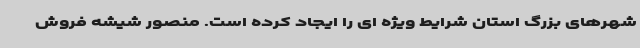
شهرهای بزرگ استان شرایط ویژه ای را ایجاد کرده است. منصور شیشه فروش